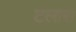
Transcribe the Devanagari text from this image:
टलास